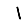
Digit: 1